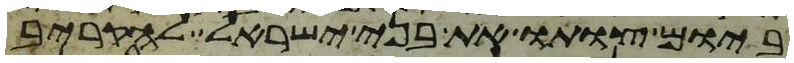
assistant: ביום צותו את בני ישראל להקריב